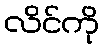
လိင်ကို